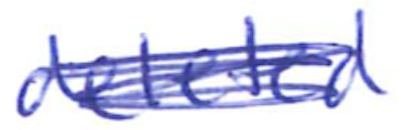
Text: deleted
Cross-out: scratch
Writing tool: ballpoint